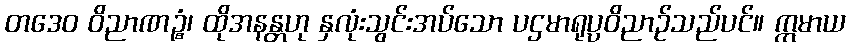
တဒေဝ ဝိညာဏဉ္စံ၊ ထိုအနန္တဟု နှလုံးသွင်းအပ်သော ပဌမာရုပ္ပဝိညာဉ်သည်ပင်။ ဣမာယ